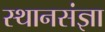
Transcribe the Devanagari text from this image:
स्थानसंज्ञा